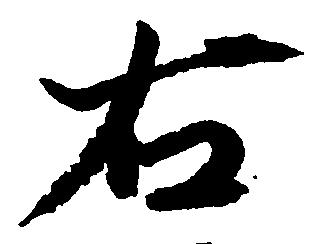
右